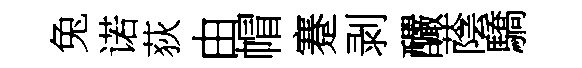
兔诺荻由帽蹇剥釅蔭驕